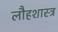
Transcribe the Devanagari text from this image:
लौहशास्त्र